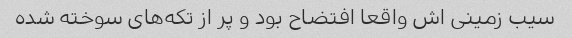
سیب زمینی اش واقعا افتضاح بود و پر از تکه‌های سوخته شده